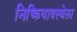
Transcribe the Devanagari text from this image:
निष्क्रियावस्थेला